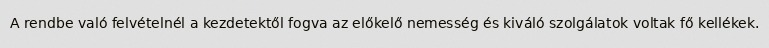
A rendbe való felvételnél a kezdetektől fogva az előkelő nemesség és kiváló szolgálatok voltak fő kellékek.